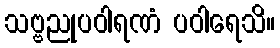
သဗ္ဗညုပဝါရဏံ ပဝါရေသိ။